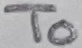
Text: To